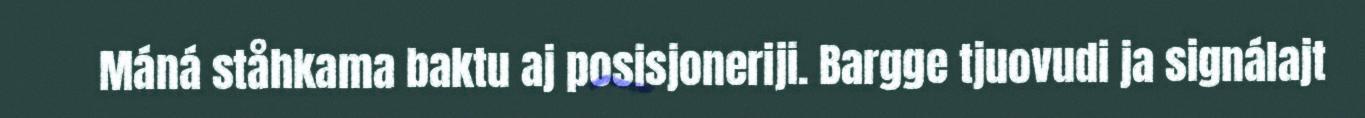
Máná ståhkama baktu aj posisjoneriji. Bargge tjuovudi ja signálajt